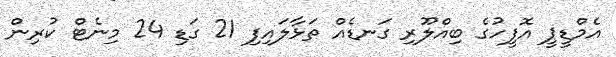
އެމްޑީޕީ އޮފީހުގެ ބިއްލޫރި ގަނޑެއް ތަޅާލައިފި 21 ގަޑި 24 މިނެޓް ކުރިން